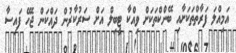
އަމިއްލަ ފަރާތްތަކަށާއި ބޭންކްތަކަށް ވިއްކާ ޓީބިލް އަށް ސަރުކާރުން ދައްކަން ޖެހޭ ފައިސާ